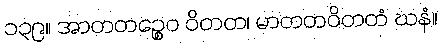
၁၃၉။ အာတတဉ္စေဝ ဝိတတ၊ မာတတဝိတတံ ဃနံ။